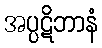
အပ္ပဋိဘာနံ